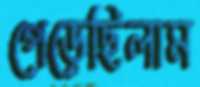
পেড়েছিলাম